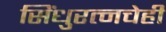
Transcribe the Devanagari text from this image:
सिंधुरत्नचेही